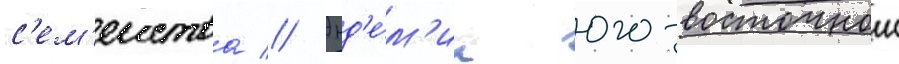
с'ем'еиства // Энд'е́м'ик юго-восточнои